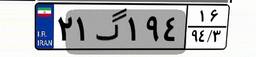
۲۱گ۱۹۴۱۶